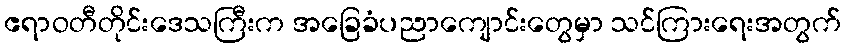
ဧရာဝတီတိုင်းဒေသကြီးက အခြေခံပညာကျောင်းတွေမှာ သင်ကြားရေးအတွက်